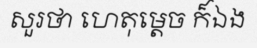
សួរថា ហេតុម្តេច ក៏ឯង